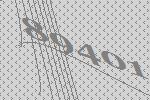
89401